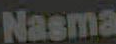
Nasma